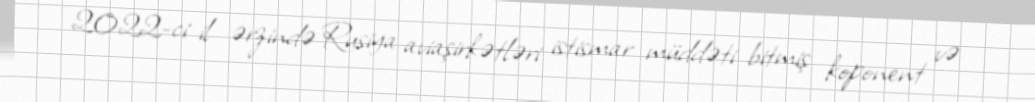
2022-ci il ərzində Rusiya aviaşirkətləri istismar müddəti bitmiş koponent və